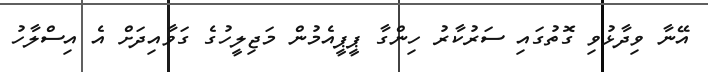
އޭނާ ވިދާޅުވި ގޮތުގައި ސަރުކާރު ހިންގާ ޕީޕީއެމުން މަޖިލީހުގެ ގަވާއިދަށް އެ އިސްލާހު